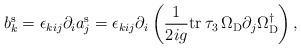
LaTeX: \begin{align*}b_k^{{\rm s}} = \epsilon_{kij} \partial_i a_j^{{\rm s}} = \epsilon_{kij} \partial_i \left( \frac{1}{2 i g} {\rm tr}\, \tau_3 \, \Omega_{{\rm D}} \partial_j \Omega_{{\rm D}}^{\dagger} \right) ,\end{align*}